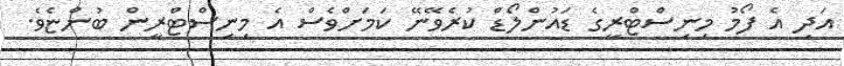
އަދި އެ ފޯމު މިނިސްޓްރީގެ ޑައުންލޯޑް ކުރެވޭނޭ ކަަމަށްވެސް އެ މިނިސްޓްރީން ބުންޏެވެ.